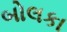
બોલકા